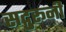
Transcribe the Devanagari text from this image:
सद्गुरूनी